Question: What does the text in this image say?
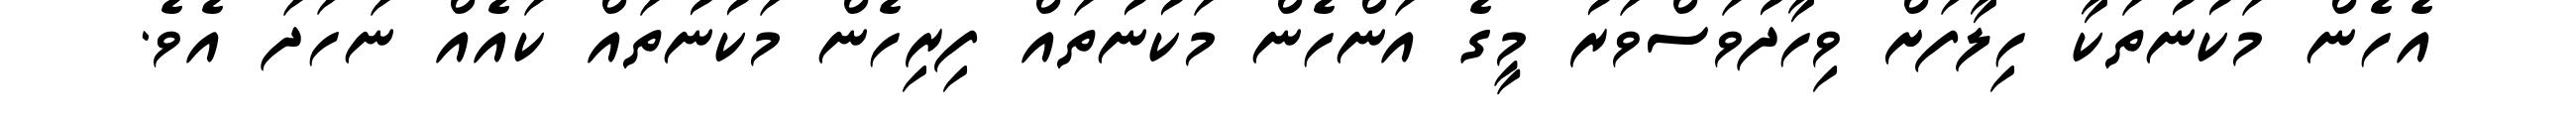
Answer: އެހެން މަކުނުތަކާ ހިލާފަށް ވިހާދުވަސްވަރު މީގެ އަންހެން މަކުނުތައް ފިރިހެން މަކުނުތައް ކައެއް ނަހަދަ އެވެ.